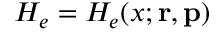
H _ { e } = H _ { e } ( x ; { \mathbf { r } } , { \mathbf { p } } )